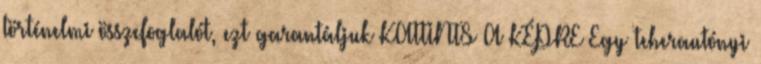
történelmi összefoglalót, ezt garantáljuk KATTINTS A KÉPRE Egy teherautónyi